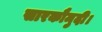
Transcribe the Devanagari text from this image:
सारकौमुदी।